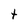
Character: t